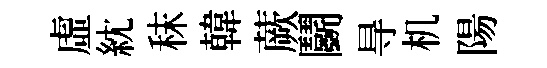
虛紞秣韓蕨鬬㝵机陽